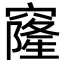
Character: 窿